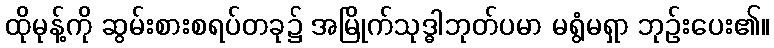
ထိုမုန့်ကို ဆွမ်းစားစရပ်တခု၌ အမြိုက်သုဒ္ဓါဘုတ်ပမာ မရွံမရှာ ဘုဉ်းပေး၏။